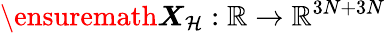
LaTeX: \ensuremath{\boldsymbol{X}}_{\mathcal{H}}:\mathbb{R}\to\mathbb{R}^{3N+3N}